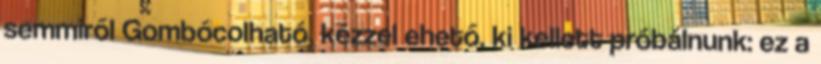
semmiről Gombócolható, kézzel ehető, ki kellett próbálnunk: ez a